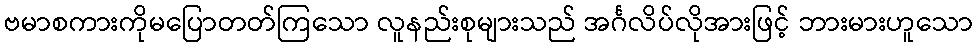
ဗမာစကားကိုမပြောတတ်ကြသော လူနည်းစုများသည် အင်္ဂလိပ်လိုအားဖြင့် ဘားမားဟူသော